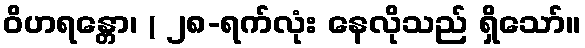
ဝိဟရန္တော၊ ( ၂၈-ရက်လုံး နေလိုသည် ရှိသော်။